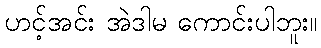
ဟင့်အင်း အဲဒါမ ကောင်းပါဘူး။